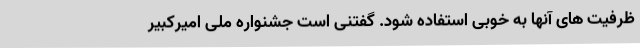
ظرفیت های آنها به خوبی استفاده شود. گفتنی است جشنواره ملی امیرکبیر